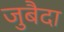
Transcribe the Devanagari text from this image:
जुबैदा